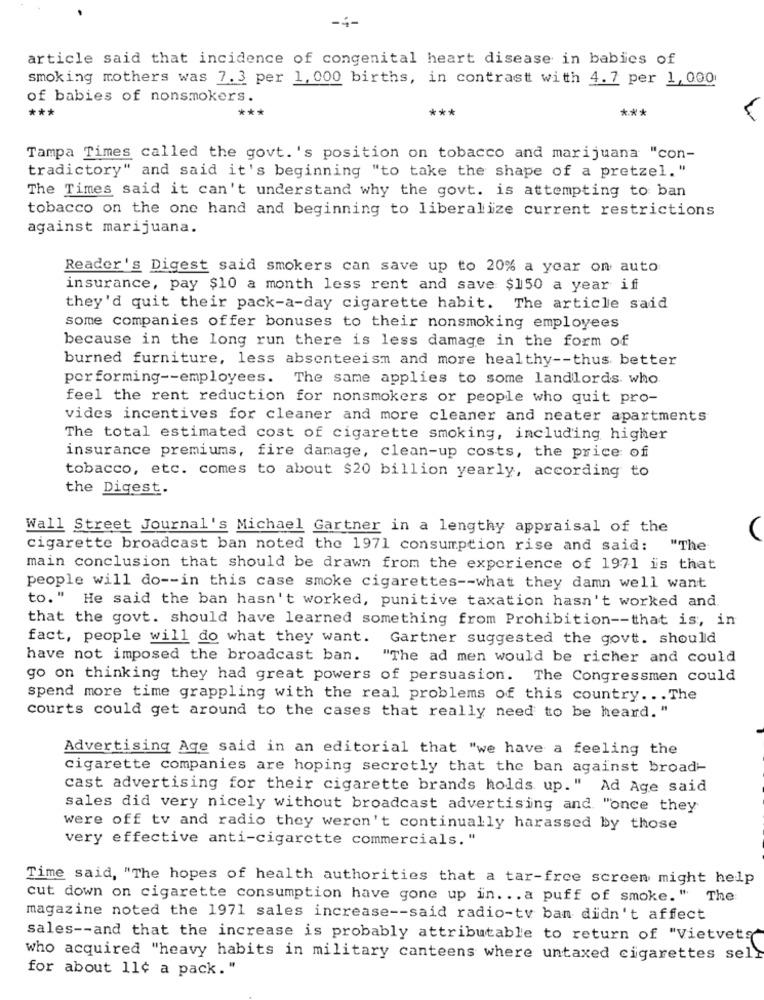
article said that incidence of congenital heart disease in babies of
smoking mothers was 7.3 per 1, 000 births, in contrast with 4.7 per 1, 000
of babies of nonsmokers.
***
***
***
Tampa Times called the govt. 's position on tobacco and marijuana "con-
tradictory" and said it's beginning "to take the shape of a pretzel."
The Times said it can't understand why the govt. is attempting to ban
tobacco on the one hand and beginning to liberalize current restrictions
against marijuana.
Reader's Digest said smokers can save up to 20% a year on auto
insurance, pay $10 a month less rent and save $150 a year if
they'd quit their pack-a-day cigarette habit. The article said
some companies offer bonuses to their nonsmoking employees
because in the long run there is less damage in the form of
burned furniture, less absenteeism and more healthy -- thus better
performing -- employees. The same applies to some landlords. who
feel the rent reduction for nonsmokers or people who quit pro-
vides incentives for cleaner and more cleaner and neater apartments
The total estimated cost of cigarette smoking, including higher
insurance premiums, fire damage, clean-up costs, the price of
tobacco, etc. comes to about $20 billion yearly, according to
the Digest.
Wall Street Journal's Michael Gartner in a lengthy appraisal of the
cigarette broadcast ban noted the 1971 consumption rise and said: "The
main conclusion that should be drawn from the experience of 1971 is that
people will do -- in this case smoke cigarettes -- what they damn well want
to." He said the ban hasn't worked, punitive taxation hasn't worked and.
that the govt. should have learned something from Prohibition -- that is, in
fact, people will do what they want. Gartner suggested the govt. should
have not imposed the broadcast ban. "The ad men would be richer and could
go on thinking they had great powers of persuasion. The Congressmen could
spend more time grappling with the real problems of this country ... The
courts could get around to the cases that really need to be heard. "
Advertising Age said in an editorial that "we have a feeling the
cigarette companies are hoping secretly that the ban against broad-
cast advertising for their cigarette brands holds up." Ad Age said
sales did very nicely without broadcast advertising and "once they
were off tv and radio they weren't continually harassed by those
very effective anti-cigarette commercials."
Time said, "The hopes of health authorities that a tar-free screen might help
cut down on cigarette consumption have gone up in. .. a puff of smoke." The
magazine noted the 1971 sales increase -- said radio-tv ban didn't affect
sales -- and that the increase is probably attributable to return of "Vietvets
who acquired "heavy habits in military canteens where untaxed cigarettes sell
for about 11¢ a pack."